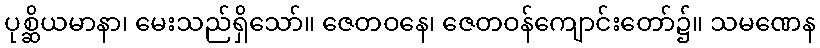
ပုစ္ဆိယမာနာ၊ မေးသည်ရှိသော်။ ဇေတဝနေ၊ ဇေတဝန်ကျောင်းတော်၌။ သမဏေန